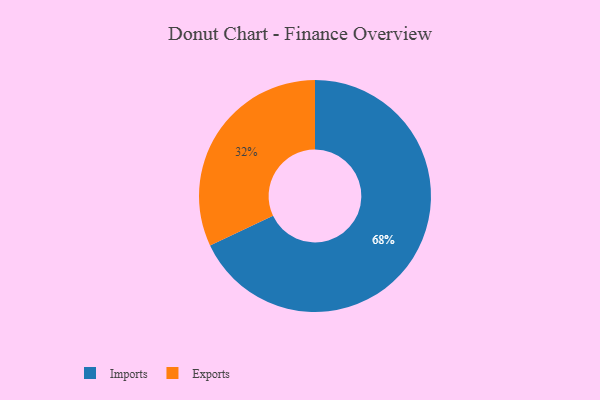
{"axis": {"x": "Category", "y": "Percentage"}, "legend": ["Exports", "Imports"], "data": [{"x": "Imports", "y": 68, "type": "Imports"}, {"x": "Exports", "y": 32, "type": "Exports"}]}